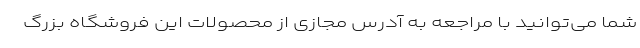
شما می‌توانید با مراجعه به آدرس مجازی از محصولات این فروشگاه بزرگ